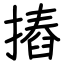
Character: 摏